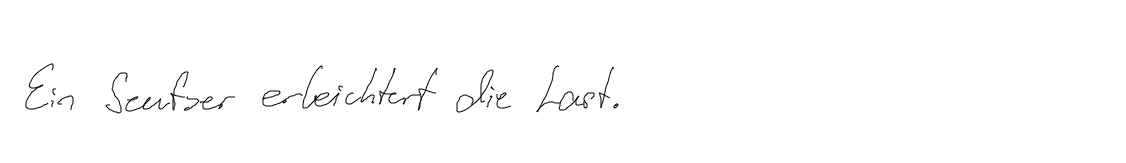
Ein Seufzer erleichtert die Last.